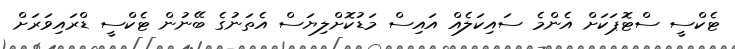
ޓެކްސީ ސްޓޮޕަކަށް އެންމެ ސައިކަލެއް އައިސް މަޑުކޮށްލިޔަސް އެތަނުގެ ބޭނުން ޓެކްސީ ޑްރައިވަރަށް